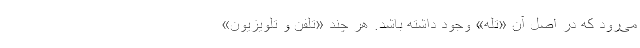
می‌رود که در اصل آن «تِله» وجود داشته باشد. هر چند «تلفن و تلویزیون»